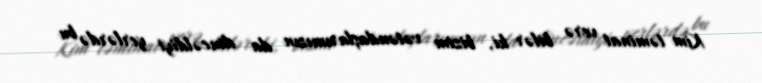
Kim təminat verə bilər ki, bizim vətəndaşlarımızın da dincəldiyi yerlərdə bu